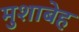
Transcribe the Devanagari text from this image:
मुशाबेह